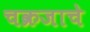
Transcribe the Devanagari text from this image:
चक्रजाचे